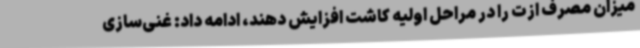
میزان مصرف ازت را در مراحل اولیه کاشت افزایش دهند، ادامه داد: غنی‌سازی